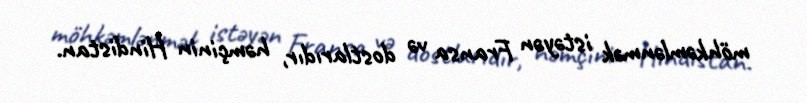
möhkəmlənmək istəyən Fransa və dostlarıdır, həmçinin Hindistan.